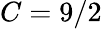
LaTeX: C=9/2